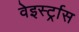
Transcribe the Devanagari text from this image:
वेइर्स्ट्रास